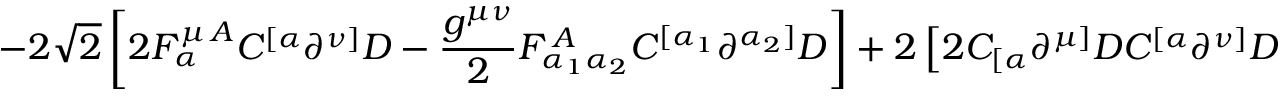
\left. - 2 \sqrt { 2 } \left[ 2 F _ { \alpha } ^ { \mu \, A } C ^ { [ \alpha } \partial ^ { \nu ] } D - \frac { g ^ { \mu \nu } } { 2 } F _ { \alpha _ { 1 } \alpha _ { 2 } } ^ { \, A } C ^ { [ \alpha _ { 1 } } \partial ^ { \alpha _ { 2 } ] } D \right] + 2 \left[ 2 C _ { [ \alpha } \partial ^ { \mu ] } D C ^ { [ \alpha } \partial ^ { \nu ] } D \right. \right.